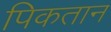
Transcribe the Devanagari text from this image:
पिकतान